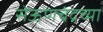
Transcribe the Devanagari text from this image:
सेऊणचंद्रच्या